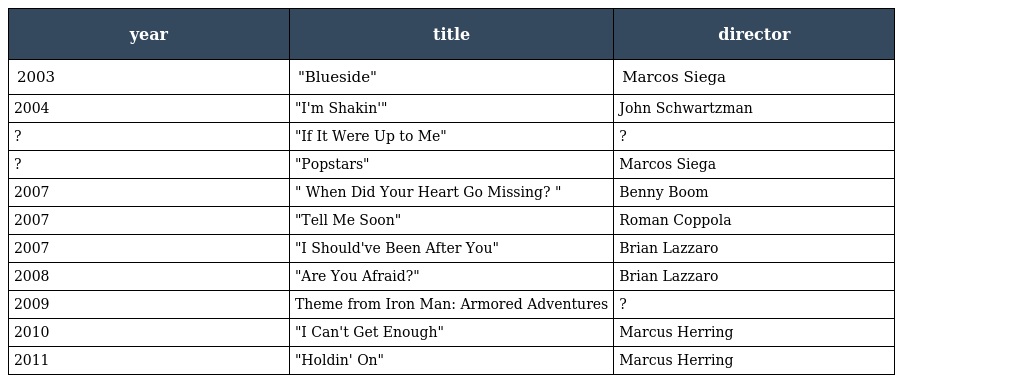
| year | title | director |
 | --- | --- | --- |
 | 2003 | "Blueside" | Marcos Siega |
 | 2004 | "I'm Shakin'" | John Schwartzman |
 | ? | "If It Were Up to Me" | ? |
 | ? | "Popstars" | Marcos Siega |
 | 2007 | " When Did Your Heart Go Missing? " | Benny Boom |
 | 2007 | "Tell Me Soon" | Roman Coppola |
 | 2007 | "I Should've Been After You" | Brian Lazzaro |
 | 2008 | "Are You Afraid?" | Brian Lazzaro |
 | 2009 | Theme from Iron Man: Armored Adventures | ? |
 | 2010 | "I Can't Get Enough" | Marcus Herring |
 | 2011 | "Holdin' On" | Marcus Herring |